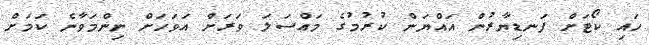
ހައި ކޯޓަށް ފަނޑިޔާރުން އައްޔަން ކުރުމުގެ މައްސަލަ ވަރަށް އަވަހަށް ނިންމަވާނެ ކަމަށް